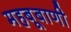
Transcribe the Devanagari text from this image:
महबूबाणी